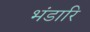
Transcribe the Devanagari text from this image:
भंडारि